Indian Civil Veterinary Department memoirs
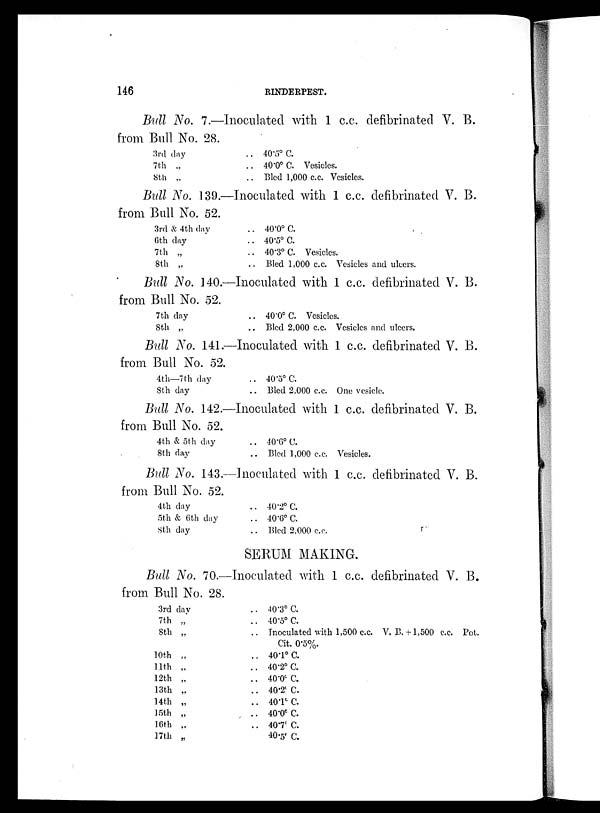
146
RINDERPEST.
Bull No. 7.—Inoculated with 1 c.c. defibrinated V. B.
from Bull No. 28.
3rd day
7th „
8th „
.. 40.5º C.
.. 40.0º C. Vesicles.
.. Bled 1,000 c.c. Vesicles.
Bull No. 139.—Inoculated with 1 c.c. defibrinated V. B.
from Bull No. 52.
3rd & 4th day
6th day
7th „
8th „
.. 40.0º C.
.. 40.5º C.
.. 40.3º C. Vesicles.
.. Bled 1,000 c.c. Vesicles and ulcers.
Bull No. 140.—Inoculated with 1 c.c. defibrinated V. B.
from Bull No. 52.
7th day
8th „
.. 40.0º C. Vesicles.
.. Bled 2,000 c.c. Vesicles and ulcers.
Bull No. 141.—Inoculated with 1 c.c. defibrinated V. B.
from Bull No. 52.
4th—7th day
8th day
.. 40.5º C.
.. Bled 2,000 c.c. One vesicle.
Bull No. 142.—Inoculated with 1 c.c. defibrinated V. B.
from Bull No. 52.
4th & 5th day
8th day
.. 40.6º C.
.. Bled 1,000 c.c. Vesicles.
Bull No. 143.—Inoculated with 1 c.c. defibrinated V. B.
from Bull No. 52.
4th day
5th & 6th day
8th day
.. 40.2º C.
.. 40.6º C.
.. Bled 2,000 c.c.
SERUM MAKING.
Bull No. 70.—Inoculated with 1 c.c. defibrinated V. B.
from Bull No. 28.
3rd day
7th „
8th „
10th „
11th „
12th „
13th „
14th „
15th „
16th „
17th „
.. 40.3º C.
.. 40.5º C.
.. Inoculated with 1,500 c.c. V. B.+1,500 c.c. Pot.
Cit. 0.5%.
.. 40.1º C.
.. 40.2º C.
.. 40.0º C.
.. 40.2º C.
.. 40.1º C.
.. 40.0º C.
.. 40.7º C.
40.5º C.